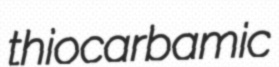
thiocarbamic